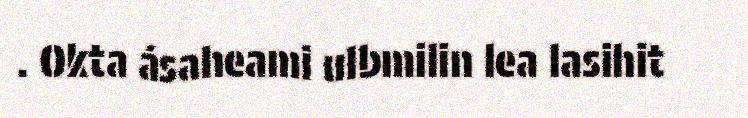
. Okta ásaheami ulbmilin lea lasihit